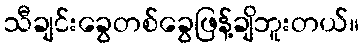
သီချင်းခွေတစ်ခွေဖြန့်ချိဘူးတယ်။